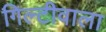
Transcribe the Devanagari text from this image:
गिल्टीवाला